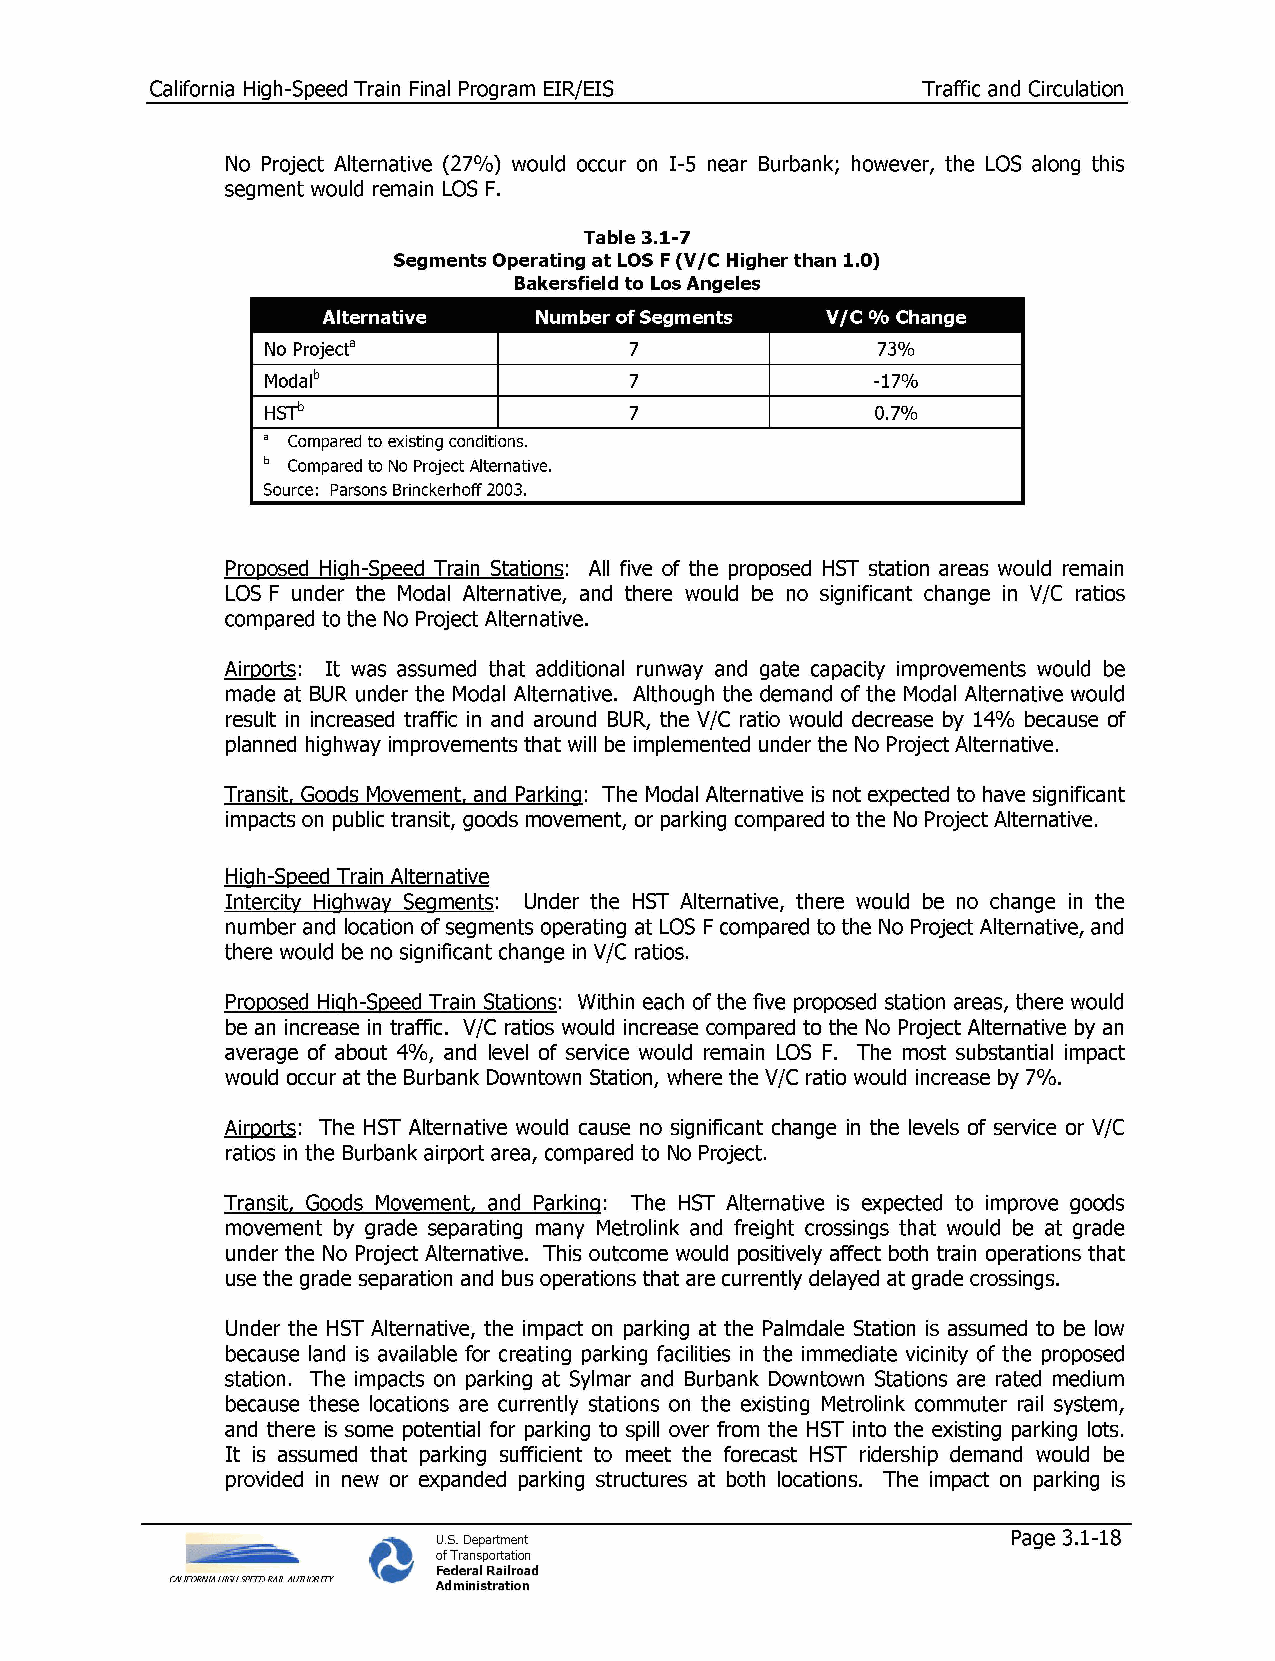
California High-Speed Train Final Program EIR/EIS  Traffic and Circulation
 No Project Alternative (27%) would occur on I-5 near Burbank; however, the LOS along this
 segment would remain LOS F.
 Table 3.1-7
 Segments Operating at LOS F (V/C Higher than 1.0)
 Bakersfield to Los Angeles
 Alternative    Number of Segments V/C °/o Change
 No Projecta             7               73%
 Modalb                  7               -17%
 hsTb
 7               0.7%
 a Compared to existing conditions.
 b Compared to No Project Alternative.
 Source: Parsons Brinckerhoff 2003.
 Proposed High-Speed Train Stations: All five of the proposed HST station areas would remain
 LOS F under the Modal Alternative, and there would be no significant change in V/C ratios
 compared to the No Project Alternative.
 Airports: It was assumed that additional runway and gate capacity improvements would be
 made at BUR under the Modal Alternative. Although the demand of the Modal Alternative would
 result in increased traffic in and around BUR, the V/C ratio would decrease by 14% because of
 planned highway improvements that will be implemented under the No Project Alternative.
 Transit, Goods Movement, and Parking: The Modal Alternative is not expected to have significant
 impacts on public transit, goods movement, or parking compared to the No Project Alternative.
 High-Speed Train Alternative
 Intercity Highway Segments: Under the HST Alternative, there would be no change in the
 number and location of segments operating at LOS F compared to the No Project Alternative, and
 there would be no significant change in V/C ratios.
 Proposed High-Speed Train Stations: Within each of the five proposed station areas, there would
 be an increase in traffic. V/C ratios would increase compared to the No Project Alternative by an
 average of about 4%, and level of service would remain LOS F. The most substantial impact
 would occur at the Burbank Downtown Station, where the V/C ratio would increase by 7%.
 Airports: The HST Alternative would cause no significant change in the levels of service or V/C
 ratios in the Burbank airport area, compared to No Project.
 Transit, Goods Movement, and Parking: The HST Alternative is expected to improve goods
 movement by grade separating many Metrolink and freight crossings that would be at grade
 under the No Project Alternative. This outcome would positively affect both train operations that
 use the grade separation and bus operations that are currently delayed at grade crossings.
 Under the HST Alternative, the impact on parking at the Palmdale Station is assumed to be low
 because land is available for creating parking facilities in the immediate vicinity of the proposed
 station. The impacts on parking at Sylmar and Burbank Downtown Stations are rated medium
 because these locations are currently stations on the existing Metrolink commuter rail system,
 and there is some potential for parking to spill over from the HST into the existing parking lots.
 It is assumed that parking sufficient to meet the forecast HST ridership demand would be
 provided in new or expanded parking structures at both locations. The impact on parking is
 U.S. Department                       Page 3.1-18
 of Transportation
 Federal Railroad
 CALIFORNIA HIGH SPEED RAIL AUTHORITY Administration